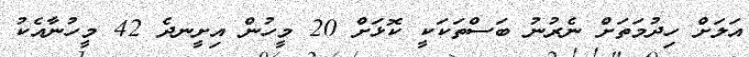
އަލަށް ހިދުމަތަށް ނެރުނު ބަސްތަކަކީ ކޮޅަށް 20 މީހުން އިށީނދެ 42 މީހުނާއެކު